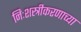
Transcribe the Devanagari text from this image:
निःशस्त्रीकरणाच्या